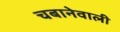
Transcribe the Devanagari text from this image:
चबानेवाली